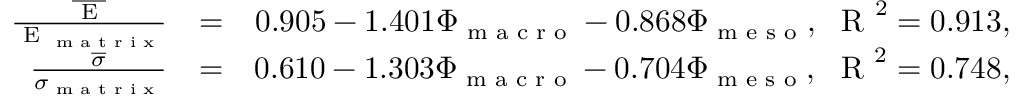
\begin{array} { r l r } { \frac { \overline { { \textup { E } } } } { \textup { E } _ { \textup { m a t r i x } } } } & { = } & { 0 . 9 0 5 - 1 . 4 0 1 \Phi _ { \textup { m a c r o } } - 0 . 8 6 8 \Phi _ { \textup { m e s o } } , \ \textup { R } ^ { 2 } = 0 . 9 1 3 , } \\ { \frac { \overline { { \sigma } } } { \sigma _ { \textup { m a t r i x } } } } & { = } & { 0 . 6 1 0 - 1 . 3 0 3 \Phi _ { \textup { m a c r o } } - 0 . 7 0 4 \Phi _ { \textup { m e s o } } , \ \textup { R } ^ { 2 } = 0 . 7 4 8 , } \end{array}